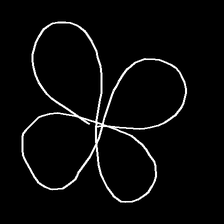
Glyph: billowing